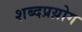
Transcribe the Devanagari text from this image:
शब्दप्रय़ोग